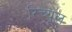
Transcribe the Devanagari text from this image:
रिच्यूल